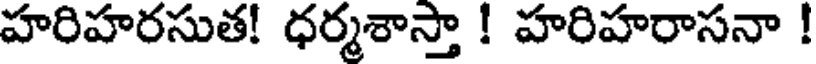
హరిహరసుత! ధర్మశాస్తా ! హరిహరాసనా !